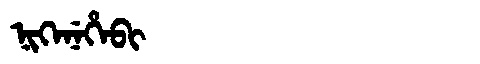
Manchu: ᠨᡳᡴᡝᠨᡝᡥᡝᠪᡳ
Romanization: NIKENEHEBI